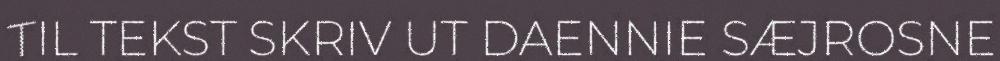
TIL TEKST SKRIV UT DAENNIE SÆJROSNE